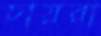
চায়রা